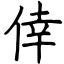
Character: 倖